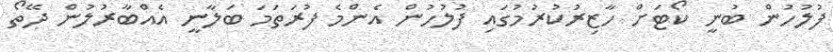
ފުލުހުން ބުނީ ކޯޓަށް ހާޒިރުކުރުމުގައި ފުލުހުން އެންމެ ފުރަތަމަ ބަލާނީ އެއްބާރުލުން ދޭތޯ